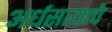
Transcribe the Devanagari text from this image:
अर्धसत्याचे